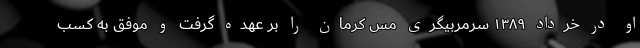
او در خرداد ۱۳۸۹ سرمربیگری مس کرمان را بر عهده گرفت و موفق به کسب